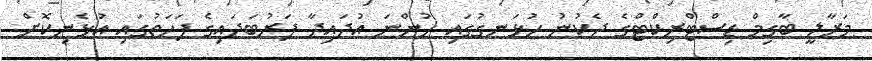
މަރާލީ ބާގިމް ޑިސްޓްރިކްޓްގެ ދެކުނު ހުޅަނގުގައި ހުންނަ އުދައިދާ ފަރުބަދައިގެ ފަހަތުގައި އުޅެނިކޮށް